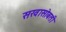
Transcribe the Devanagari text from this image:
सखासोबती